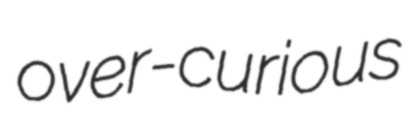
over-curious